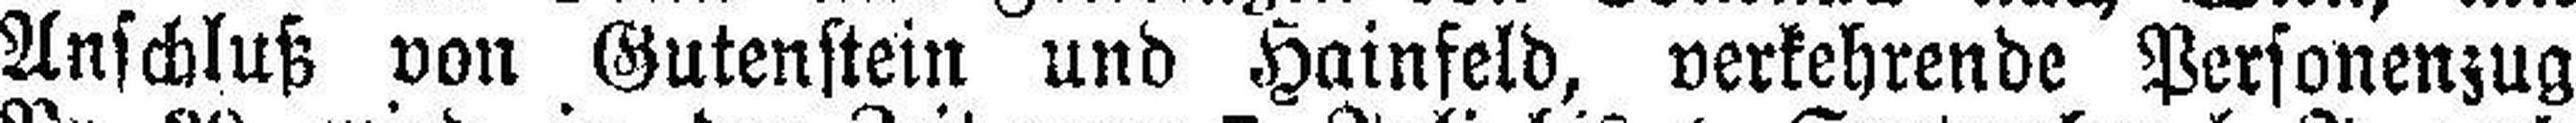
Anschluß von Gutenstein und Hainfeld, verkehrende Personenzug